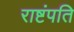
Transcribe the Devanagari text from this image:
राष्टंपति